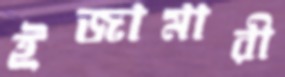
ইজামারী